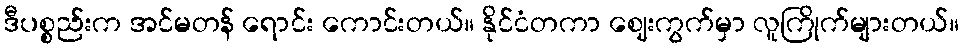
ဒီပစ္စည်းက အင်မတန် ရောင်း ကောင်းတယ်။ နိုင်ငံတကာ ဈေးကွက်မှာ လူကြိုက်များတယ်။